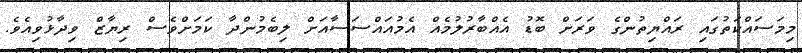
މިމަސައްކަތުގައި ރައްޔިތުންގެ ވަރަށް ބޮޑު އެއްބާރުލުމެއް އެމުއައްސަސާއަށް ލިބެމުންދާ ކަމަށްވެސް ރިޔާޒް ވިދާޅުވިއެވެ.